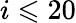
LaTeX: i\leqslant 20